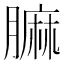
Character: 𦟟